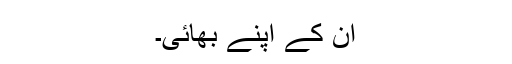
ان کے اپنے بھائی۔